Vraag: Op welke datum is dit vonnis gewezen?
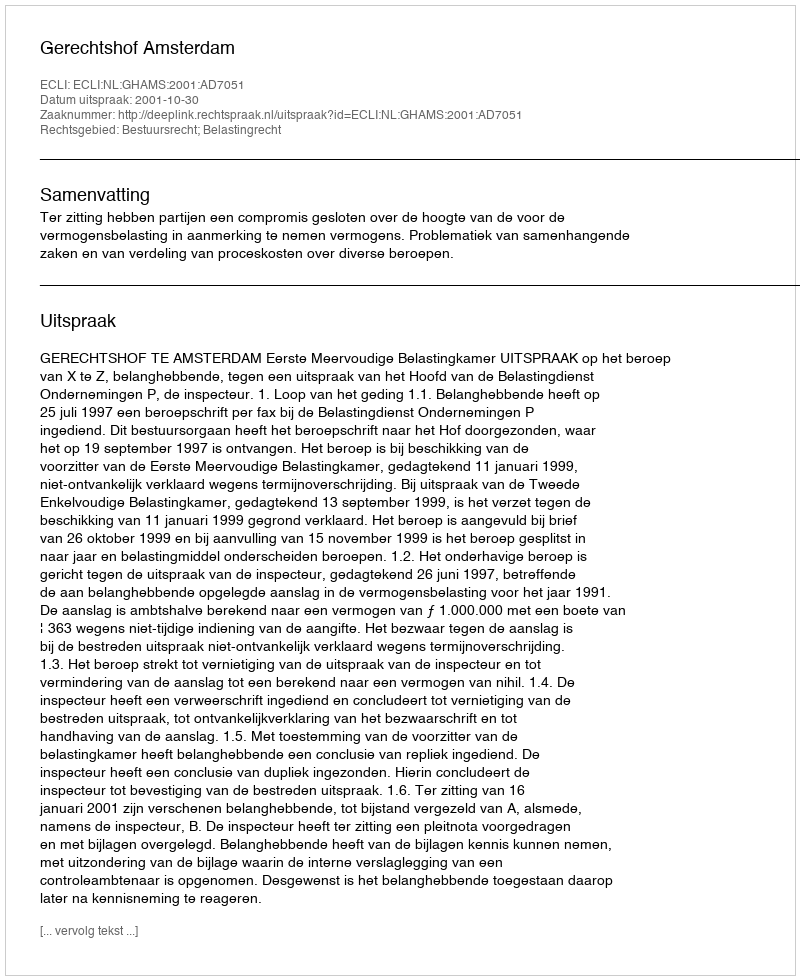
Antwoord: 2001-10-30